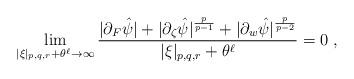
LaTeX: \begin{align*}\lim_{|\xi|_{p,q,r}+\theta^{\ell}\to\infty}\frac{|\partial_F\hat{\psi}|+|\partial_{\zeta}\hat{\psi}|^{\frac{p}{p-1}}+|\partial_w\hat{\psi}|^{\frac{p}{p-2}}}{|\xi|_{p,q,r}+\theta^{\ell}}=0\;,\end{align*}